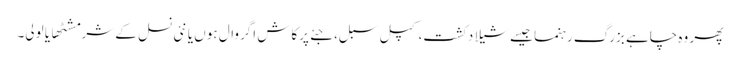
پھر وہ چاہے بزرگ رہنما جیسے شیلا دکشت، کپل سبل، جئے پرکاش اگروال ہوں یا نئی نسل کے شرمشٹھا یا لولی۔